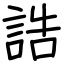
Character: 誥